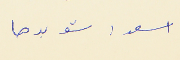
اسعد : شو بدها